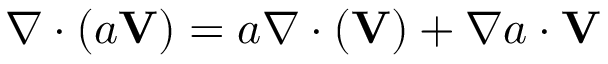
\nabla \cdot ( a \mathbf { V } ) = a \nabla \cdot ( \mathbf { V } ) + \nabla a \cdot \mathbf { V }